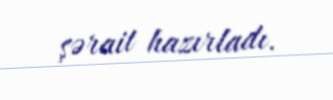
şərait hazırladı.